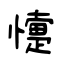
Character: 懥